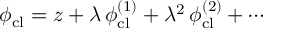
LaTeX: \phi _ { \mathrm { c l } } = z + \lambda \, \phi _ { \mathrm { c l } } ^ { ( 1 ) } + \lambda ^ { 2 } \, \phi _ { \mathrm { c l } } ^ { ( 2 ) } + \cdots